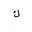
Letter: _kaf